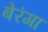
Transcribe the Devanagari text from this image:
बेरंगा